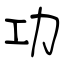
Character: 功